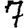
Digit: 7